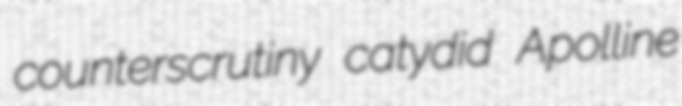
counterscrutiny catydid Apolline